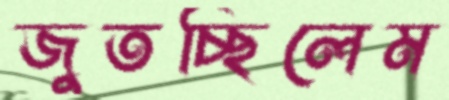
জুতচ্ছিলেম